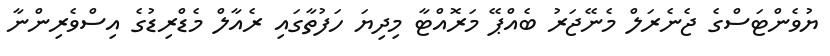
ޔުވެންޓަސްގެ ޖެނެރަލް މެނޭޖަރު ބެއްޕޭ މަރޮއްޓާ މިދިޔަ ހަފުތާގައި ރެއާލް މެޑްރިޑުގެ އިސްވެރިންނާ